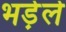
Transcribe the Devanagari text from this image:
भड़ेले